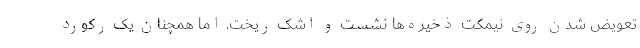
تعویض شدن روی نیمکت ذخیره‌ها نشست و اشک ریخت. اما همچنان یک رکورد